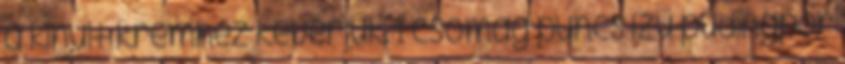
a kihűlt krémhez keverjük. 1 csomag puncs ízű pudingpor